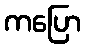
ကပြော